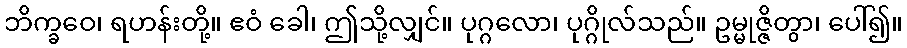
ဘိက္ခဝေ၊ ရဟန်းတို့။ ဧဝံ ခေါ၊ ဤသို့လျှင်။ ပုဂ္ဂလော၊ ပုဂ္ဂိုလ်သည်။ ဥမ္မုဇ္ဇိတွာ၊ ပေါ်၍။